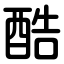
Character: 酷